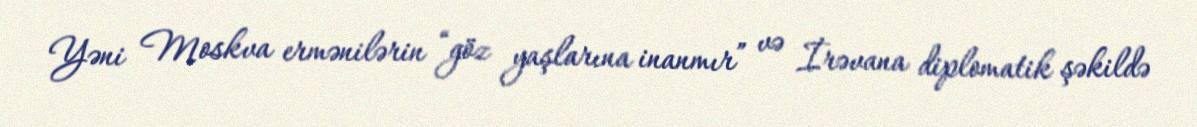
Yəni Moskva ermənilərin “göz yaşlarına inanmır” və İrəvana diplomatik şəkildə